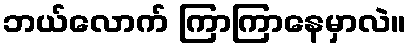
ဘယ်လောက် ကြာကြာနေမှာလဲ။